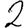
Digit: 2